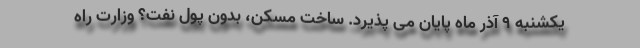
یکشنبه ۹ آذر ماه پایان می پذیرد. ساخت مسکن، بدون پول نفت؟ وزارت راه